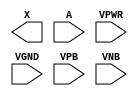
module sky130_fd_sc_lp__clkbuf (
    X   ,
    A   ,
    VPWR,
    VGND,
    VPB ,
    VNB
);

    output X   ;
    input  A   ;
    input  VPWR;
    input  VGND;
    input  VPB ;
    input  VNB ;
endmodule